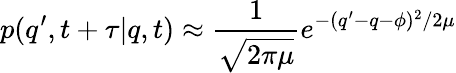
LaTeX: p(q^{\prime},t+\tau|q,t)\approx\frac{1}{\sqrt{2\pi\mu}}e^{-(q^{\prime}-q-\phi)^{2}/2\mu}